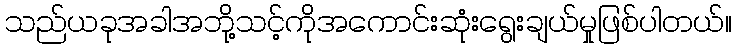
သည်ယခုအခါအဘို့သင့်ကိုအကောင်းဆုံးရွေးချယ်မှုဖြစ်ပါတယ်။